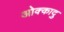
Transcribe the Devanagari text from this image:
ओक्कादु